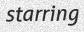
starring